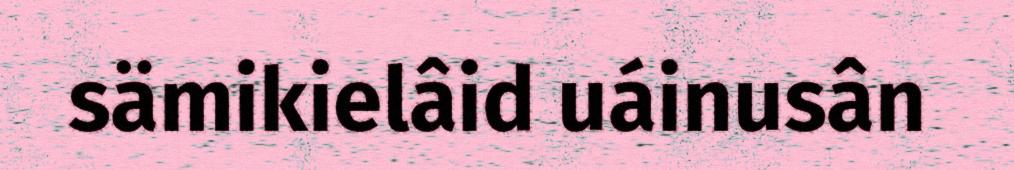
sämikielâid uáinusân